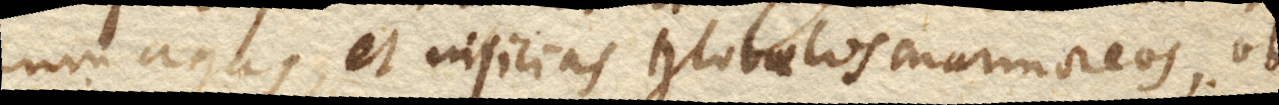
cumagas, et injicias globulos marmoreos, ob